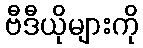
ဗီဒီယိုများကို